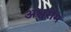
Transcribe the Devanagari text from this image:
अश्वरोम